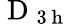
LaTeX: \mathrm{~D~}_{3\mathrm{~h~}}